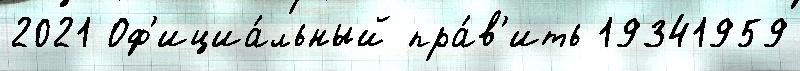
2021 Оф'ициа́льный пра́в'ить 19341959